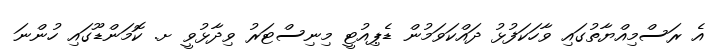
އެ ރަސްމިއްޔާތުގައި ވާހަކަފުޅު ދައްކަވަމުން ޑެޕިއުޓީ މިނިސްޓަރު ވިދާޅުވީ ށ. ކޮމަންޑޫގައި ހުންނަ